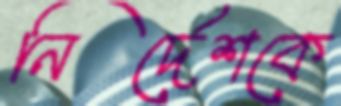
নির্দেশকে